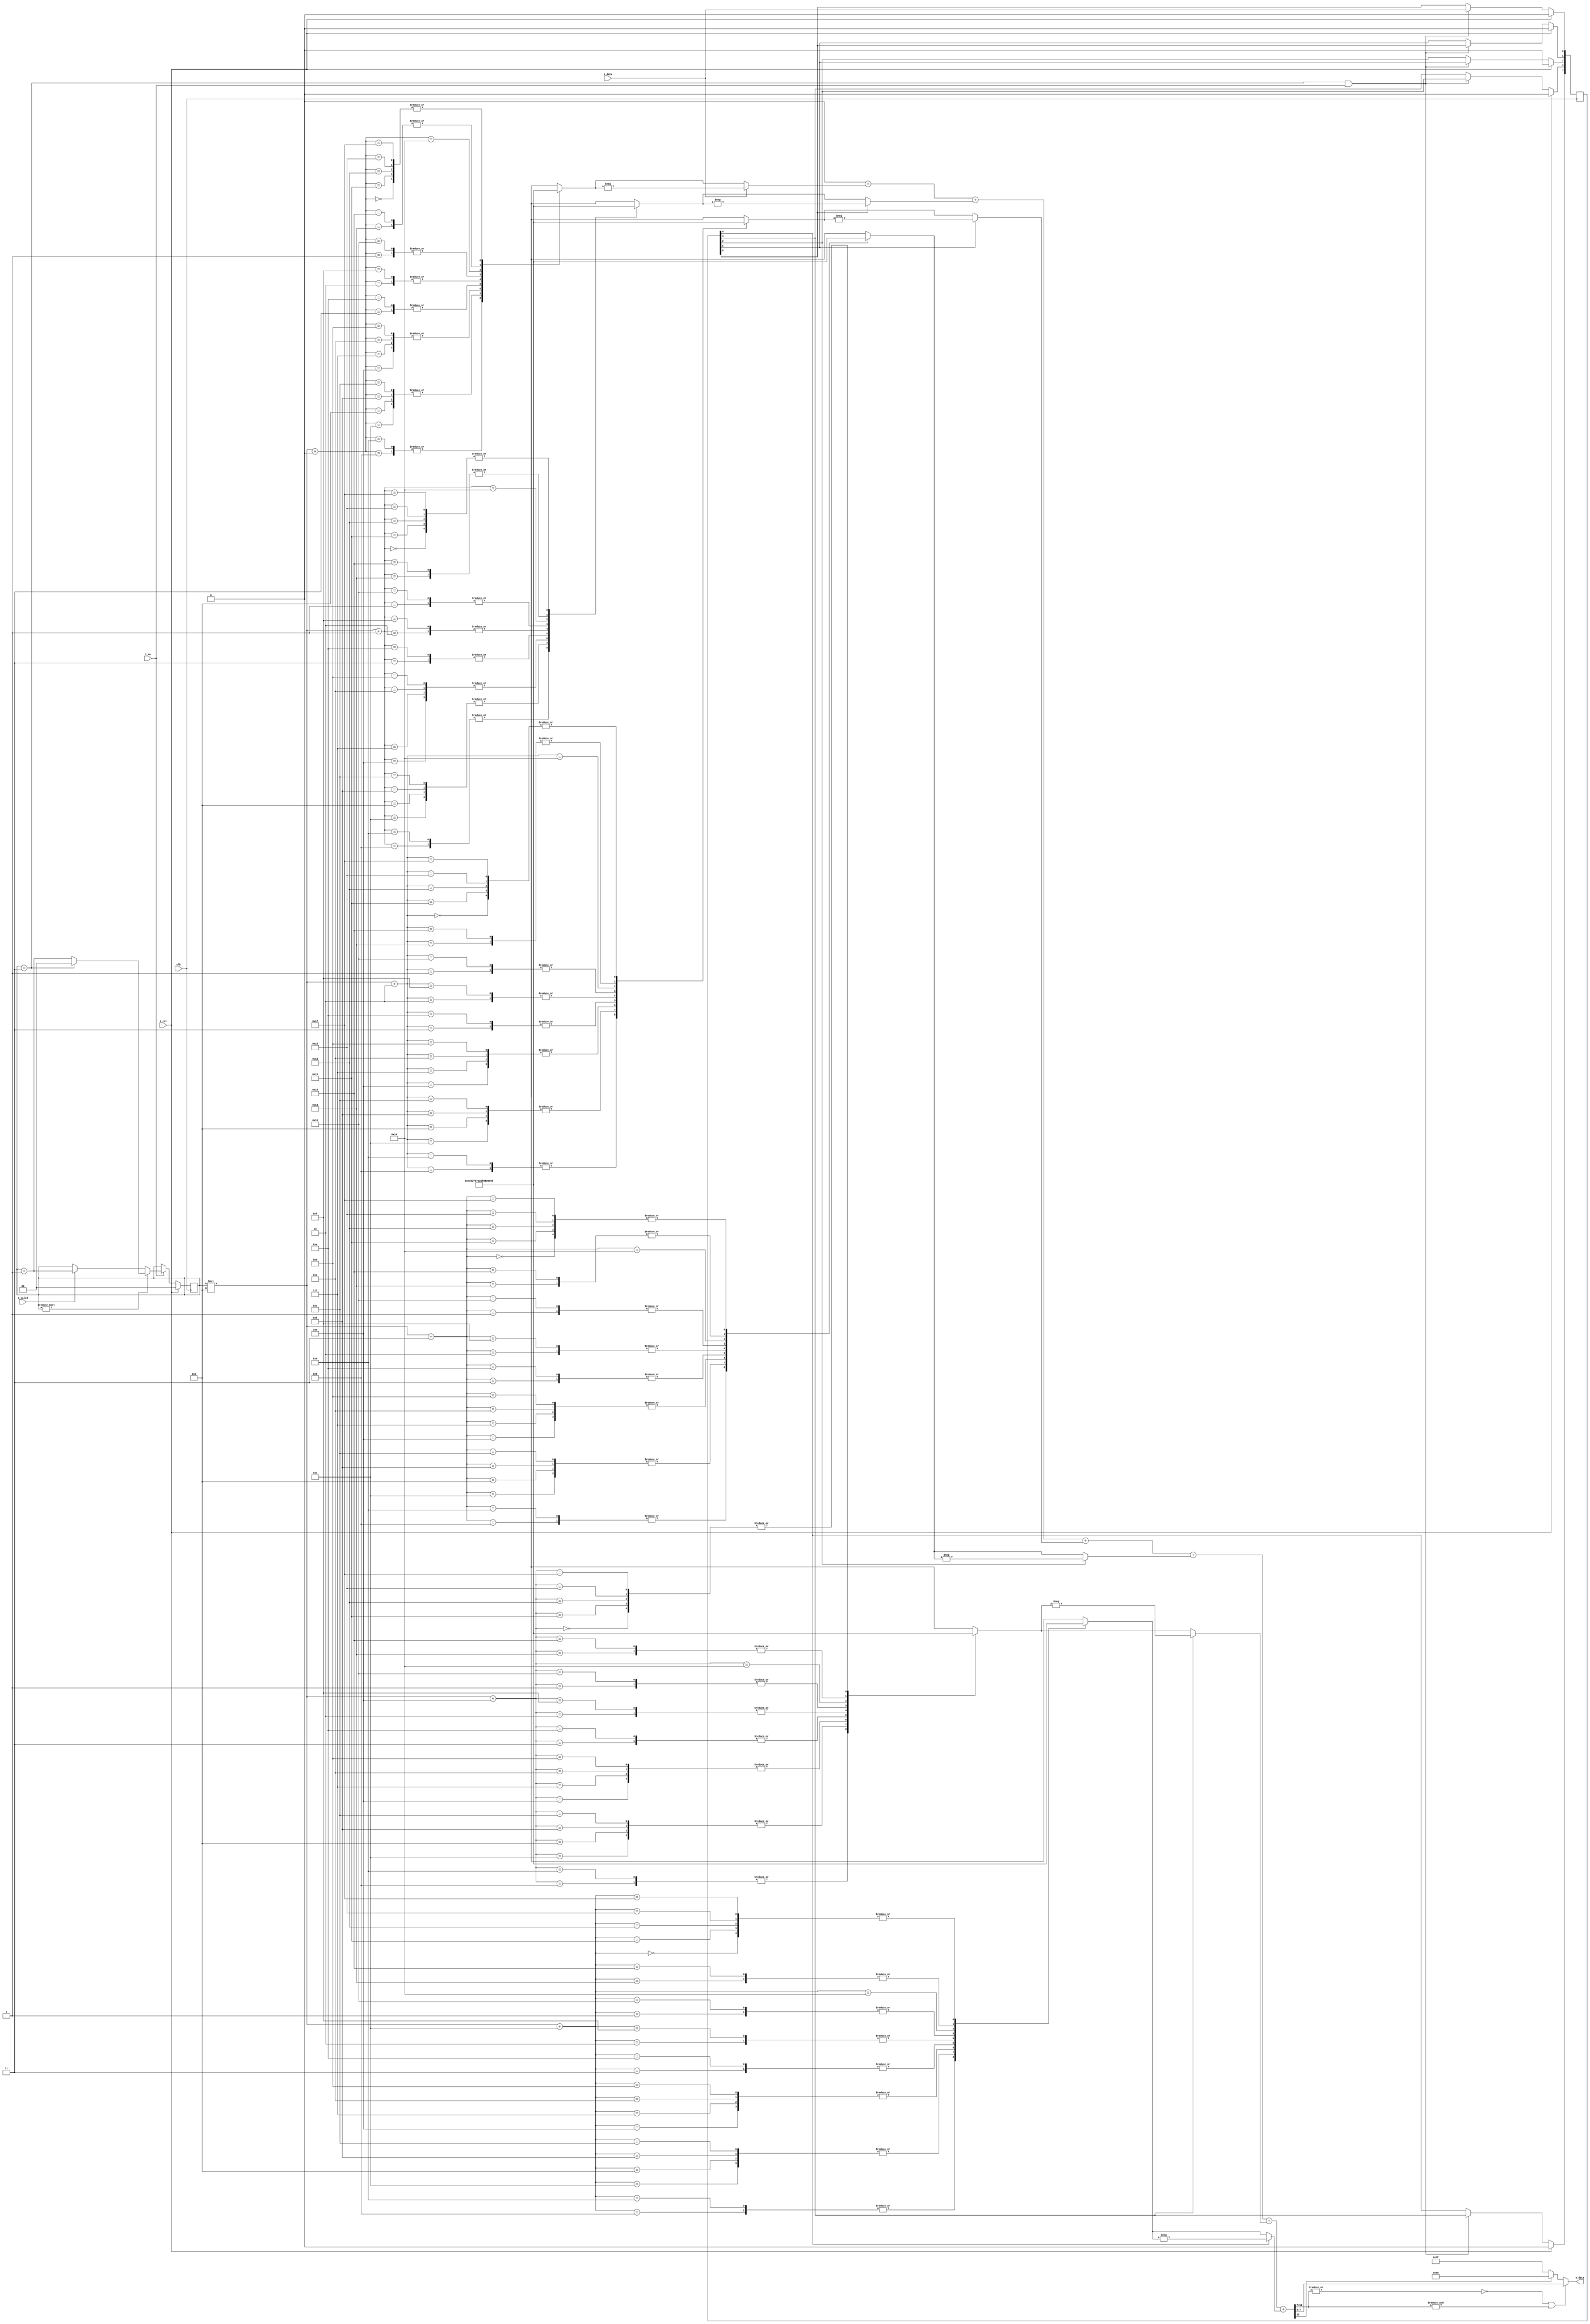
`timescale 1ns/1ps
//! @title Polyphase FIR Filter
//! @file poly_fir_filter.v

//! - Fir filter with 24 coefficients. 4 phases of 6 coefficients. 
//! - **i_rst** is the system reset.
//! - **i_en** controls the enable (1) of the FIR. The value (0) stops the systems without change of the current state of the FIR.
//! - **i_valid** controls the counter, that change the set of coefficients. When enable (1), the counter start counting. When disable (0) stops the counting when counter is 0.
//! - Coefficients [ 0.0,       0.015625, 0.015625,  0.0,
//! -               -0.0625,   -0.125,   -0.125,    -0.0078125,
//! -                0.2578125, 0.59375,  0.8828125, 0.9921875,
//! -                0.8828125, 0.59375,  0.2578125, 0.0,
//! -               -0.125,    -0.125,   -0.0625,   -0.0078125,
//! -                0.015625,  0.015625, 0.0,       0.0]


module poly_fir_filter
  #(
    parameter NB_OUTPUT  = 8, //! NB of output
    parameter NBF_OUTPUT = 7, //! NBF of output
    parameter NB_COEFF   = 8, //! NB of Coefficients
    parameter NBF_COEFF  = 7  //! NBF of Coefficients
  ) 
  (
    output signed [NB_OUTPUT-1:0] o_data ,   //! Output Sample
    input                         i_data ,   //! Input Sample
    input                         i_en   ,   //! Enable
    input                         i_valid,   //! Valid
    input                         i_rst  ,   //! Reset
    input                         clk        //! Clock
  );

  localparam NB_ADD     = NB_COEFF + 5;
  localparam NBF_ADD    = NBF_COEFF;
  localparam NBI_ADD    = NB_ADD - NBF_ADD;
  localparam NBI_OUTPUT = NB_OUTPUT - NBF_OUTPUT;
  localparam NB_SAT     = (NBI_ADD) - (NBI_OUTPUT);

  //! Internal Signals
  reg                  [1:0] counter             ; //! Counter
  reg                  [5:1] register            ; //! Vector for registers
  wire signed [NB_COEFF-1:0] coeff         [23:0]; //! Matrix for Coefficients
  wire signed [NB_COEFF-1:0] set_coeff [3:0][5:0]; //! Set of Coefficients

  //! Coefficients
  assign coeff [0] = 8'b0000_0000; assign coeff [1] = 8'b0000_0010;
  assign coeff [2] = 8'b0000_0010; assign coeff [3] = 8'b0000_0000;
  assign coeff [4] = 8'b1111_1000; assign coeff [5] = 8'b1111_0000;
  assign coeff [6] = 8'b1111_0000; assign coeff [7] = 8'b1111_1111;
  assign coeff [8] = 8'b0010_0001; assign coeff [9] = 8'b0100_1100;
  assign coeff[10] = 8'b0111_0001; assign coeff[11] = 8'b0111_1111;
  assign coeff[12] = 8'b0111_0001; assign coeff[13] = 8'b0100_1100;
  assign coeff[14] = 8'b0010_0001; assign coeff[15] = 8'b0000_0000;
  assign coeff[16] = 8'b1111_0000; assign coeff[17] = 8'b1111_0000;
  assign coeff[18] = 8'b1111_1000; assign coeff[19] = 8'b1111_1111;
  assign coeff[20] = 8'b0000_0010; assign coeff[21] = 8'b0000_0010;
  assign coeff[22] = 8'b0000_0000; assign coeff[23] = 8'b0000_0000;

  //! Set of coefficients
  generate
    genvar ptr1, ptr2;
    for(ptr1=0;ptr1<4;ptr1=ptr1+1) begin
      for (ptr2=0;ptr2<6;ptr2=ptr2+1) begin
        assign set_coeff[ptr1][ptr2] = coeff[ptr1+ptr2*4];
      end
    end    
  endgenerate

  //! Counter model;
  always @(posedge clk) begin:Counter
    if (i_rst == 1'b1) begin
      counter <= 2'b00;
    end
    else begin
      if (i_en) begin
        if (counter != 2'b00) begin
          if (counter == 2'b11) begin
            counter <= 2'b00;
          end
          else begin
            counter <= counter + 1'b1;
          end
        end
        else
          if (i_valid) begin
            counter <= counter + 1'b1;
        end
      end
    end
  end

  //! ShiftRegister model
  integer ptr3;
  integer ptr4;
  always @(posedge clk) begin:shiftRegister
    if (i_rst == 1'b1) begin
      for(ptr3=1;ptr3<6;ptr3=ptr3+1) begin:init
        register[ptr3] <= 1'b0;
      end
    end else begin
      if (counter == 2'b11 && i_en) begin
        for(ptr4=1;ptr4<6;ptr4=ptr4+1) begin:srmove
          if(ptr4==1)
            register[ptr4] <= i_data;
          else
            register[ptr4] <= register[ptr4-1];
         end   
      end
    end
  end

  //! Products
  reg signed [NB_COEFF-1:0] prod     [5:0]; //! Partial Products
  integer ptr;
  always @(*) begin
    for (ptr = 0; ptr < 6; ptr=ptr+1) begin
      if (ptr==0) 
        prod[ptr] =        (i_data) ? -set_coeff[counter][ptr]
                                    :  set_coeff[counter][ptr];
      else
        prod[ptr] = (register[ptr]) ? -set_coeff[counter][ptr]
                                    :  set_coeff[counter][ptr];
    end
  end

  //! Additions
  //integer ptr3;
  reg signed [NB_ADD-1:0] sum;
  always @(*) begin:accum
    sum = {NB_ADD{1'b0}};
    for(ptr3=0;ptr3<6;ptr3=ptr3+1) begin:adder 
      sum = sum + prod[ptr3];
    end
  end
  // Output
  assign o_data = ( ~|sum[NB_ADD-1 -: NB_SAT+1] || &sum[NB_ADD-1 -: NB_SAT+1]) ? sum[NB_ADD-(NB_SAT) - 1 -: NB_OUTPUT] :
                    (sum[NB_ADD-1]) ? {{1'b1},{NB_OUTPUT-1{1'b0}}} : {{1'b0},{NB_OUTPUT-1{1'b1}}};


endmodule